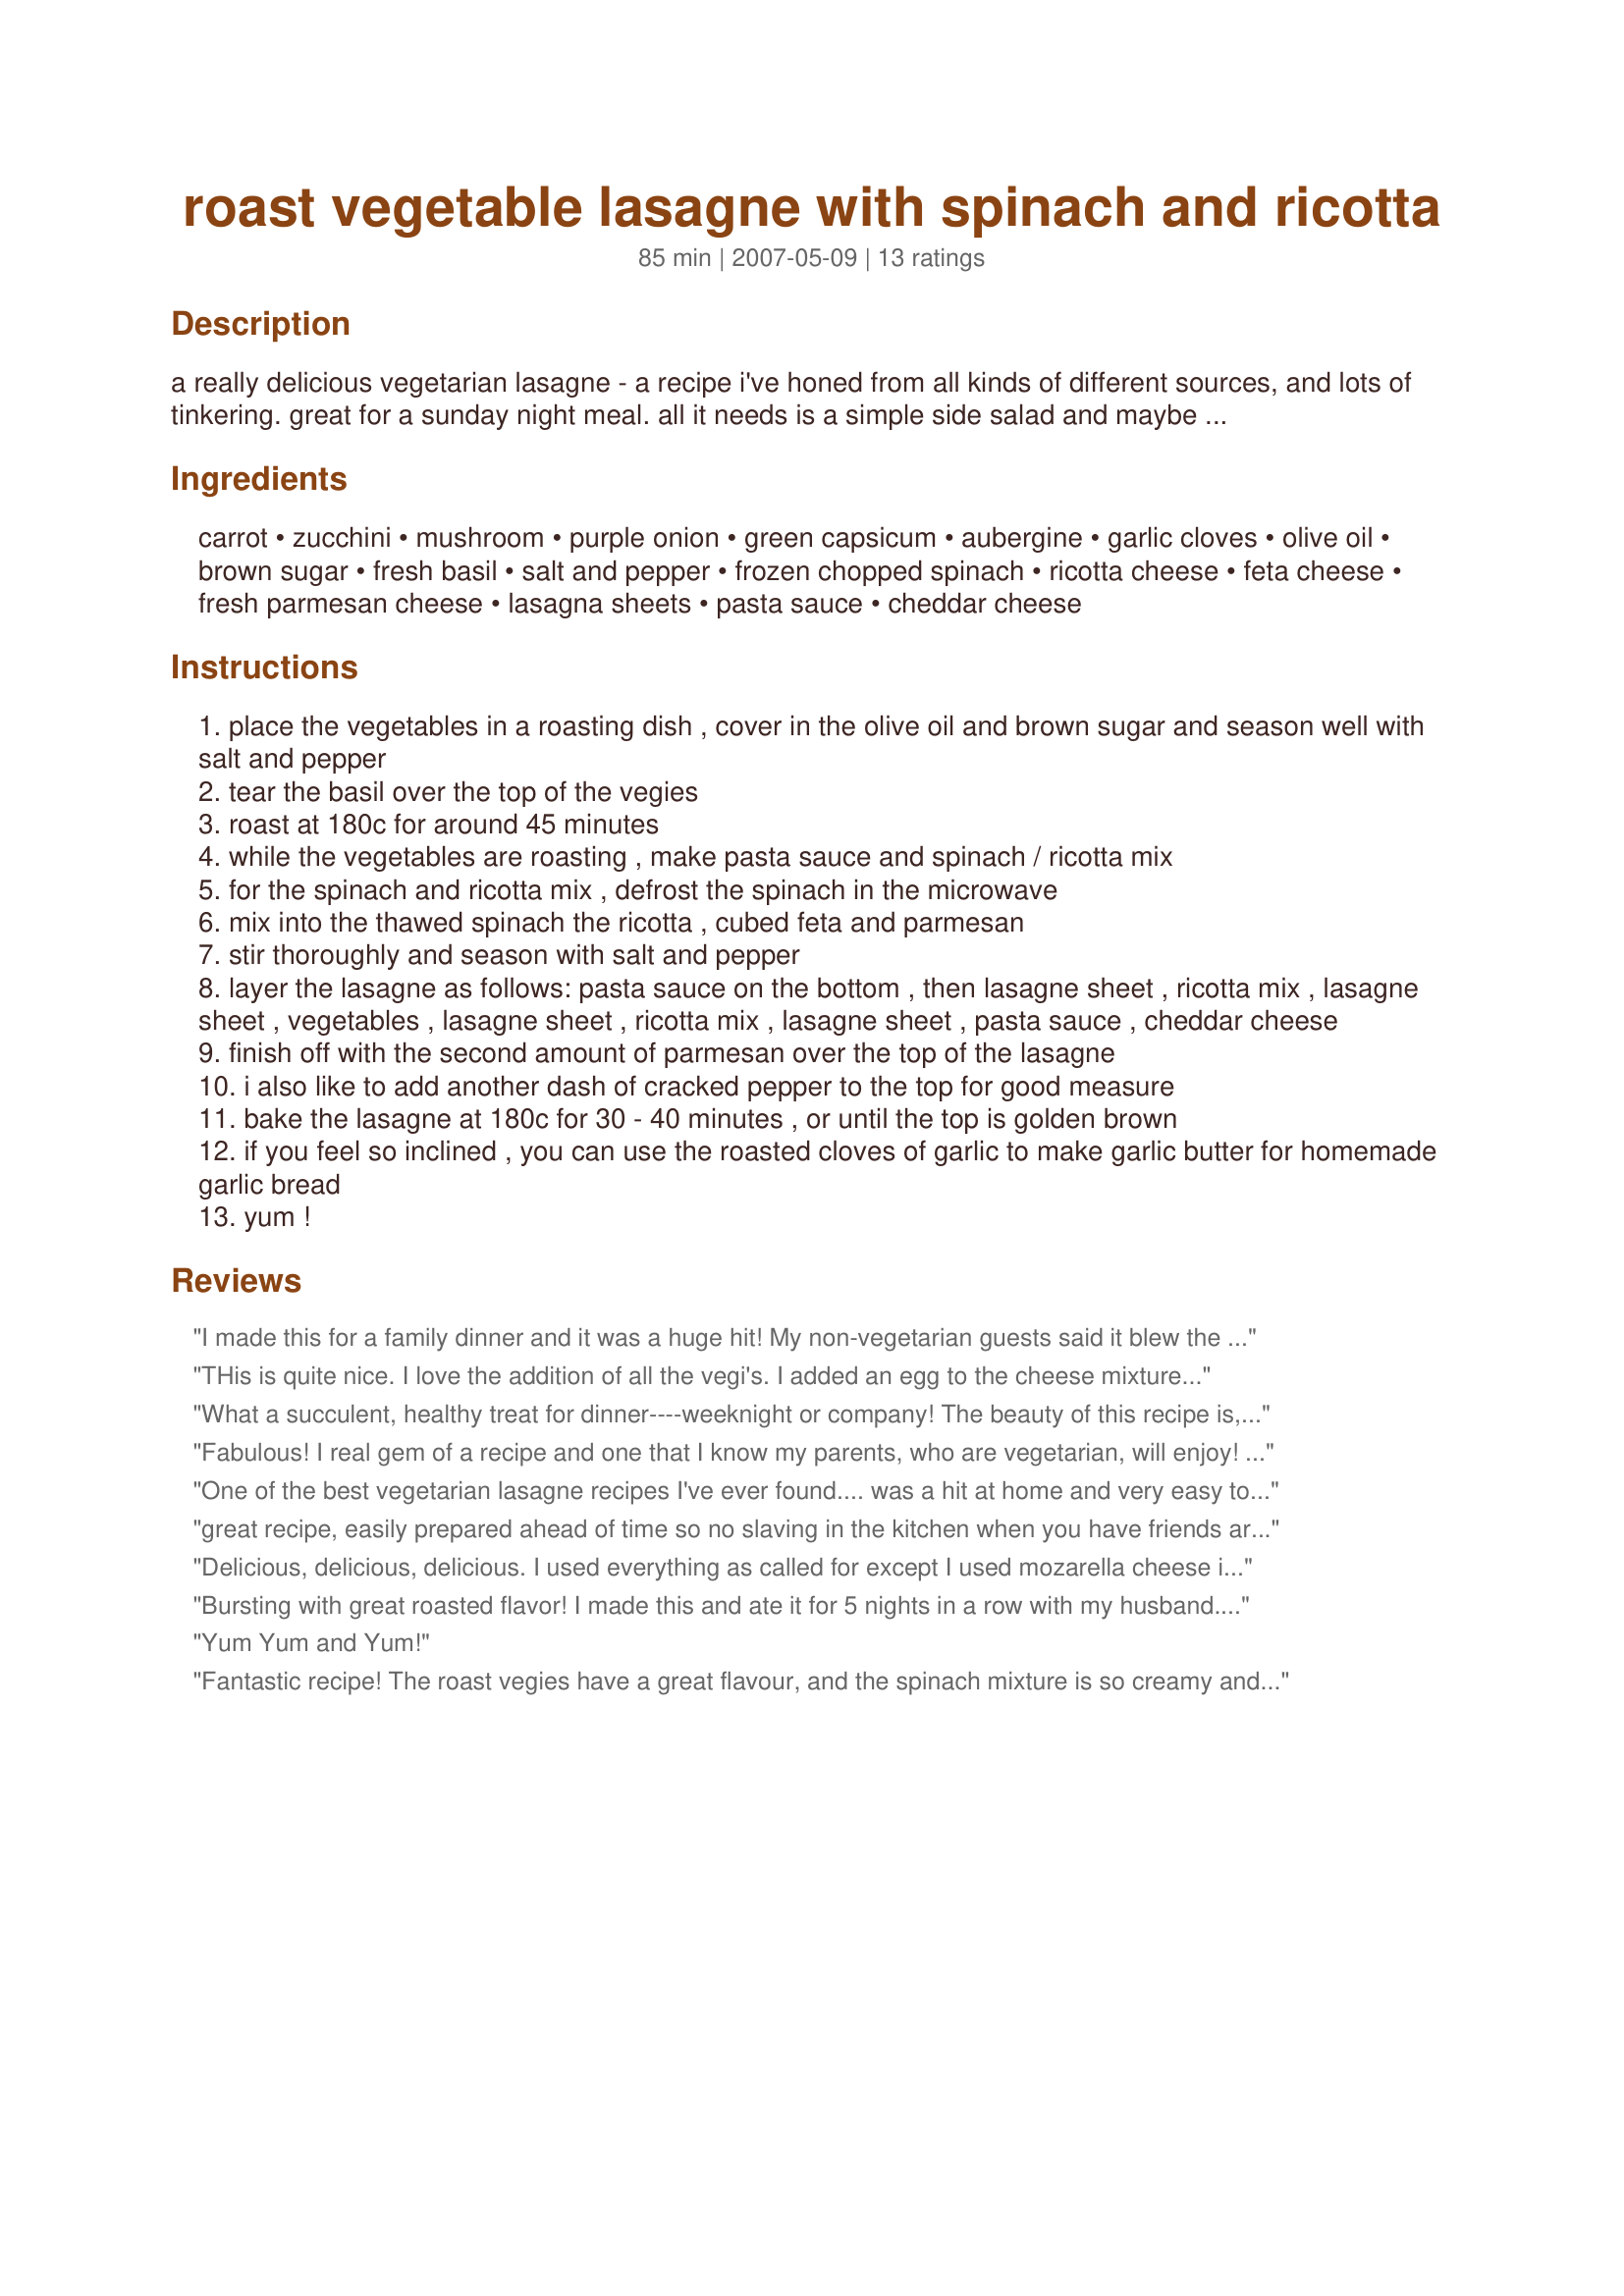
roast vegetable lasagne with spinach and ricotta
Preparation time: 85 minutes

a really delicious vegetarian lasagne - a recipe i've honed from all kinds of different sources, and lots of tinkering. great for a sunday night meal. all it needs is a simple side salad and maybe some garlic bread. if you can't get fresh lasagne sheets, dried ones which have been boiled for a few minutes are fine, but you really can't beat fresh pasta. also, i use homemade pasta sauce (i make it while the vegies are cooking), but you can use store bought. feel free to substitute whatever vegetables are in season - it's a very flexible recipe

Ingredients:
carrot, zucchini, mushroom, purple onion, green capsicum, aubergine, garlic cloves, olive oil, brown sugar, fresh basil, salt and pepper, frozen chopped spinach, ricotta cheese, feta cheese, fresh parmesan cheese, lasagna sheets, pasta sauce, cheddar cheese

Steps:
place the vegetables in a roasting dish , cover in the olive oil and brown sugar and season well with salt and pepper
tear the basil over the top of the vegies
roast at 180c for around 45 minutes
while the vegetables are roasting , make pasta sauce and spinach / ricotta mix
for the spinach and ricotta mix , defrost the spinach in the microwave
mix into the thawed spinach the ricotta , cubed feta and parmesan
stir thoroughly and season with salt and pepper
layer the lasagne as follows: pasta sauce on the bottom , then lasagne sheet , ricotta mix , lasagne sheet , vegetables , lasagne sheet , ricotta mix , lasagne sheet , pasta sauce , cheddar cheese
finish off with the second amount of parmesan over the top of the lasagne
i also like to add another dash of cracked pepper to the top for good measure
bake the lasagne at 180c for 30 - 40 minutes , or until the top is golden brown
if you feel so inclined , you can use the roasted cloves of garlic to make garlic butter for homemade garlic bread
yum !

Reviews:
I made this for a family dinner and it was a huge hit! My non-vegetarian guests said it blew the meat lasagna out of the water. It worked wonderfully with white sauce. I can't wait to try it with the tomato next!
THis is quite nice. I love the addition of all the vegi's. I added an egg to the cheese mixture to help hold it together. I think I might prefer it with a white sauce rather than the red but otherwise it has a very nice flavor. Thanks for the great recipe!
What a succulent, healthy treat for dinner----weeknight or company! The beauty of this recipe is, one can sub in just about any vegetable that&#039;s on hand. I had no spinach, so had to omit that, but used eggplant, baby portabellas, sweet red peppers, and onions. I doubled the recipe, and took some to my daughter&#039;s best friend, who just had a baby. What could be easier for a new mom (or an old one like me:):) than a dish like this, a meal in one? Big thanks for posting this, Chef #lottanumbers!
Fabulous! I real gem of a recipe and one that I know my parents, who are vegetarian, will enjoy! I have tried this for my lunch, they are due in from the UK in 2 hours.........I am ready and waiting! I made one slight change, I added my spinach to the roast vegetables after they had finished roasting and then topped my lasagne with the ricotta and feta mixture. A great recipe for Lasagne that is FULL ON for flavour and texture - I am delighted to have found this recipe, thanks! Made for 5 A Day in the Photo's Forum, merci encore. FT:-)
One of the best vegetarian lasagne recipes I've ever found.... was a hit at home and very easy to do!
great recipe, easily prepared ahead of time so no slaving in the kitchen when you have friends around !! 
Really tasty !!! I also added a teaspoon of tahini paste to my tomato sauce, lovely jubly !! The whole thing was delicious.
Delicious, delicious, delicious. I used everything as called for except I used mozarella cheese instead of cheddar as that is what I had and used penne like you would make Ziti. Yummm! Next time I would roast a few more veggies as I love them. The flavor of this is wonderful and it is so healthy. I wondered about the feta cheese in lasagne but it blended so well with the rest of it. I probably will make this more than the meat lasagne in the future. Thanks for posting this. I loved it.
Bursting with great roasted flavor! I made this and ate it for 5 nights in a row with my husband. Every night he said he could eat it every night for a month. I used canned spinach because that's what I had on hand.
Yum Yum and Yum!
Fantastic recipe! The roast vegies have a great flavour, and the spinach mixture is so creamy and tasty. Will make again, might even try using bechamel on the bottom and adding the pasta sauce to the veggies for a change.
Made this WITH... large chunks VEGGIES....carrots..zuchs..large sweet onion.. asparagus.. broccolini...yellow &amp; orange baby-bell-peppers.. box of whole mushrooms.. all veggies roasted w/lots of fresh-diced garlic..olive oil..and herbs...lots....RICOTTA was mixed as is but with fresh baby spinach oven roasted on left-over onion pan and in it&#039;s left over oil-n-spices...chop thin and mix-it-in with other cheeses..SAUCE was sm can Muir fire roasted tomatoes mixed w/can Progresso fire-roasted tomato Soup Starter....PASTA I had was wide egg-noodles...about 2 C. dry....LAYER as is..scattering 10 large basil leaves, sliced thin, thru-out it all.....and top it w/mozzarella and parmesan....it came out so good with enough for a large family or sm family w/left-overs to freeze...The roasted veggies make this my very...VERY...Favorite Recipe these days...I am sending it to all my family and friends...I think &quot;as-is&quot; is probably perfect...but I had to work with what I had in the house...it came out so good I am sending it so everyone knows this is a perfect INSPIRATION RECIPE for such a wide variety of casseroles...small or large...as needed....Thank You...Thank You!!!
I didn't bother roasting any vegetables & just made our regular pasta sauce with my own measurements (tons) of veggies included.
There's no need to boil the lasagne sheets, as I used instant & they cook while in the oven.
The spinach & ricotta mix was really yum & I imagine it would be great mixed with the pasta sauce & layered in the lasagne, if rushed for time.
Thanks for posting, chef#.
UPDATE: Matt has his way of making lasagne & using this spinach & ricotta mix has become my way of making lasagne. I'm yet to roast any veggies to include in this dish, so I'm holding out for that 5th star :)
Hey, any left-over mix is great on crackers, too! :)
I&#039;m a vegetarian but my husband isn&#039;t - I made this for the first time for Sunday dinner
